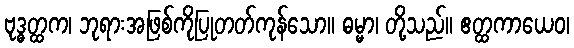
ဗုဒ္ဓတ္ထက၊ ဘုရားအဖြစ်ကိုပြုတတ်ကုန်သော။ ဓမ္မာ၊ တို့သည်။ ဧတ္ထကာယေဝ၊